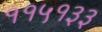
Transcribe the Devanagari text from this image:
११५१३३